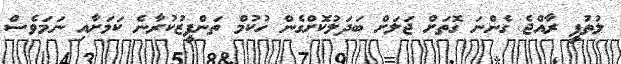
ލުތުފީ ރާއްޖެ ގެންނަ ގޮތަށް ޖަލަށް ބަދަލުކޮށްގެން ހުކުމް ތަންފީޒުކުރާނެ ކަމަށާއި ނަމަވެސް